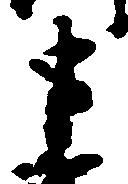
申